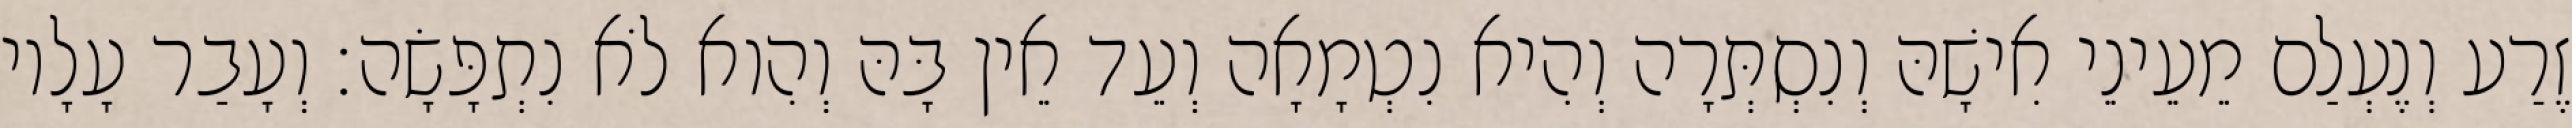
זֶרַע וְנֶעְלַם מֵעֵינֵי אִישָׁהּ וְנִסְתְּרָה וְהִיא נִטְמָאָה וְעֵד אֵין בָּהּ וְהִוא לֹא נִתְפָּשָׂה׃ וְעָבַר עָלָיו